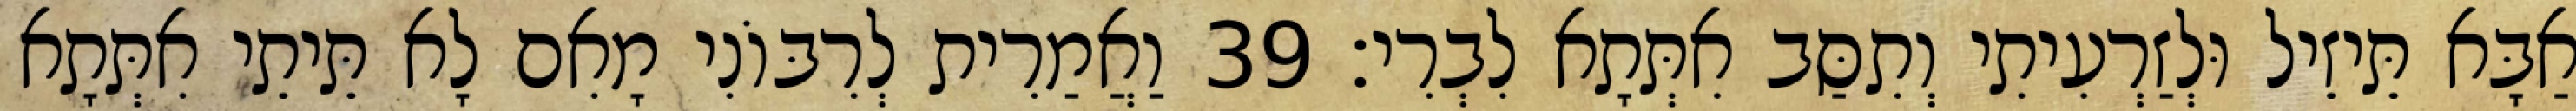
אַבָּא תֵּיזֵיל וּלְזַרְעִיתִי וְתִסַּב אִתְּתָא לִבְרִי׃ 39 וַאֲמַרִית לְרִבּוֹנִי מָאִם לָא תֵּיתֵי אִתְּתָא